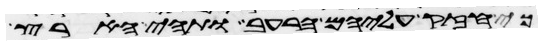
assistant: כי חזק עליהם הרעב ותהי הארץ